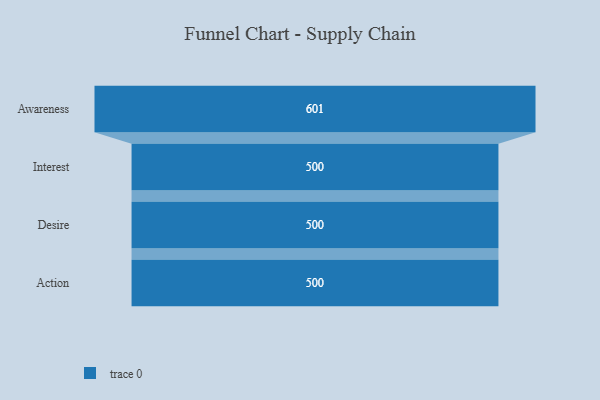
{"axis": {"x": "Stage", "y": "Value"}, "legend": [""], "data": [{"x": "Awareness", "y": 601.0, "type": ""}, {"x": "Interest", "y": 500, "type": ""}, {"x": "Desire", "y": 500, "type": ""}, {"x": "Action", "y": 500, "type": ""}]}